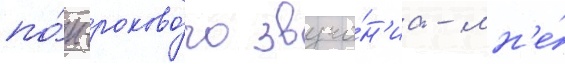
по́п-роково́го звуча́н'иа - мн'е́